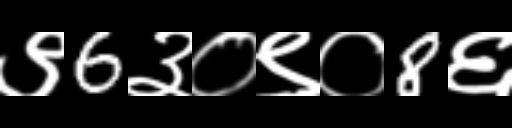
Text: ९6३०९०8६